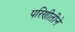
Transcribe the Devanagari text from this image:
परिणीतीने